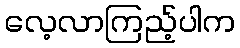
လေ့လာကြည့်ပါက